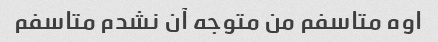
اوه متاسفم من متوجه آن نشدم متاسفم